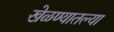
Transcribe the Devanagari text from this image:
खेळण्यातल्या